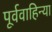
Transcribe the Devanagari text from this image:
पूर्ववाहिन्या